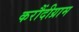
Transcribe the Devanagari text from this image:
करौंदीग्राम